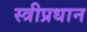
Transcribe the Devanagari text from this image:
स्त्रीप्रधान